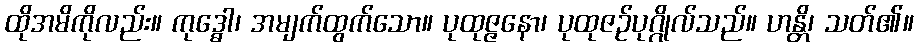
ထိုအမိကိုလည်း။ ကုဒ္ဓေါ၊ အမျက်ထွက်သော။ ပုထုဇ္ဇနော၊ ပုထုဇဉ်ပုဂ္ဂိုလ်သည်။ ဟန္တိ၊ သတ်၏။